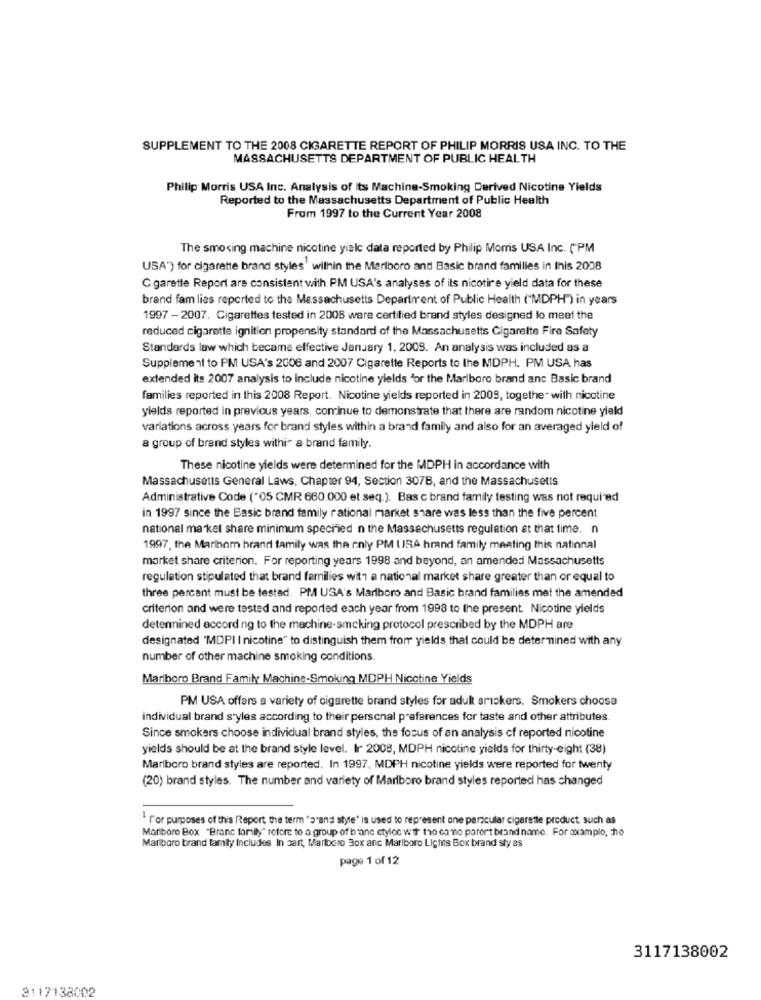
SUPPLEMENT TO THE 2008 CIGARETTE REPORT OF PHILIP MORRIS USA INC. TO THE
MASSACHUSETTS DEPARTMENT OF PUBLIC HEALTH
Philip Morris USA Inc. Analysis of Its Machine-Smoking Derived Nicotine Yields
Reported to the Massachusetts Department of Public Health
From 1997 to the Current Year 2008
The smoking machine nicotine yialc data reported by Philip Morris USA Inc. ("PM
USA") for cigarette brand styles' within the Marlboro and Basic brand families in Inis 2008
C garette Report are consistent with PM USA's analyses of its nicotire yield data for these
brand fam lies reported to the Massachusetts Department of Public Health ("MDPH") in years
1997 - 2007. Cigarettes tested in 2008 were certified brand styles designed to meet the
reduced cigarette ignition propensity standard of the Massachusetts Cigarette Fire Safety
Standards law which became effective January 1, 2009. An analysis was included as a
Supplement to PM USA's 2006 and 2007 Cigarette Reports to the MDPH. PM USA has
extended its 2007 analysis to include nicotine yields 'or the Marlboro brand anc Basic brand
families reported in this 2008 Report. Nicotine yields reported in 2009, together with nicotine
yields reported in previous years, continue to demonstrate that there are random nicotine yield
variations across years for brand styles within a brand family and also for an averaged yield of
a group of brand styles withi~ a brand family.
These nicotine yields were determined for the MDPH in accordance with
Massachusetts General Laws, Chapter 94, Section 307B, and the Massachusetts
Administrative Code ("05 CMR 660.000 et seq.). Bas c brand family testing was not required
in 1997 since the Basic brand family rational market share was less than the five percent
national market share minimum specified n the Massachusetts regulation at that time. n
1997, the Marinam hrand family was the only PM USA hrand family meeting this national
market share criterion. For reporting years 1998 and beyond, an amended Massachusetts
regulation stipulated that brand families with a national market share greater than or equal to
three percent must be tested. PM. USA's Marlboro and Basic brand families met the amended
criterion and were tested and reported each year from 1998 to the present. Nicotine yields
detennined accord ng to the machine-smoking protocol prescribed by the MDPH are
designated 'MDPI I nicotine" to distinguish them from yields that could be determined with any
number of other machine smoking conditions.
Marlboro Brand Family Machine-Smoking MDPH Nicotine Yields
PM USA offers a variety of cigarette brand styles for adult smokers. Smokers choose
individual brand styles according to their personal preferences for taste and other attributes
Since smokers choose individual brand styles, the focus of an analysis cf reported nicotine
yields should be at the brand style level. Ir 2008, MDPH nicotine yields for thirty-eight (38)
Marlboro brand styles are reported. In 1997, MDPH nicotine yields were reported for twenty
(20) brand styles. The number and variety of Marlboro brand styles reported has changed
1 for purposes of this Report the term "o"and style" is used to represent one partcular cigarette product, such as
Marlboro Box "Branc family" refere to a group of banc etyloc wir tho como parert brand name. For axamplo, che
Marlboro brand family Includes In part, Marlboro Box anc Marlboro Lights Box brand sty as
page 1 of 12
3117138002
3117138002